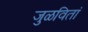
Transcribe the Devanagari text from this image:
जुळवितां